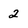
Character: 2